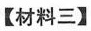
【材料三】